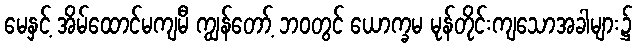
မေနှင့် အိမ်ထောင်မကျမီ ကျွန်တော့် ဘဝတွင် ယောက္ခမ မုန်တိုင်းကျသောအခါများ၌